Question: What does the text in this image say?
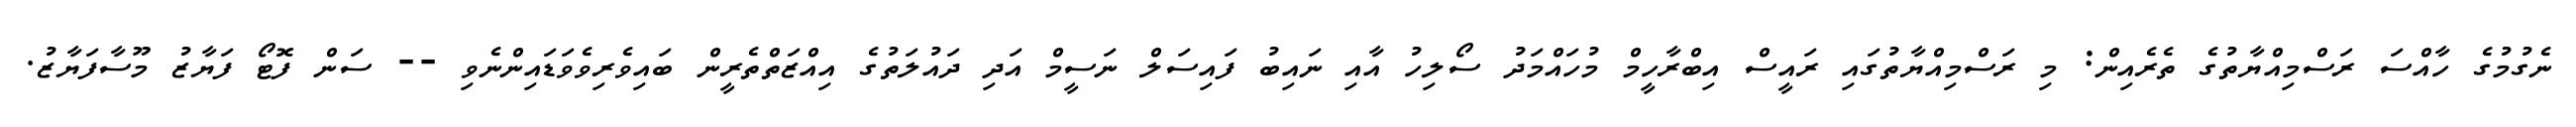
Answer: ނެގުމުގެ ހާއްސަ ރަސްމިއްޔާތުގެ ތެރެއިން: މި ރަސްމިއްޔާތުގައި ރައީސް އިބްރާހީމް މުހައްމަދު ސޯލިހު އާއި ނައިބު ފައިސަލް ނަސީމް އަދި ދައުލަތުގެ އިއްޒަތްތެރީން ބައިވެރިވެވަޑައިންނެވި -- ސަން ފޮޓޯ ފަޔާޒު މޫސާފަޔާޒު.